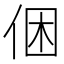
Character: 𠉍